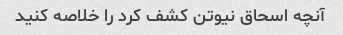
آنچه اسحاق نیوتن کشف کرد را خلاصه کنید